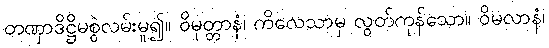
တဏှာဒိဋ္ဌိမစွဲလမ်းမူ၍။ ဝိမုတ္တာနံ၊ ကိလေသာမှ လွတ်ကုန်သော။ ဝိမလာနံ၊